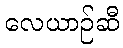
လေယာဉ်ဆီ